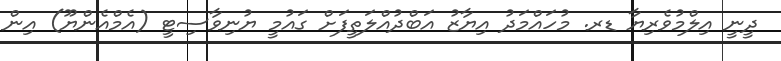
ދީނީ އިލްމުވެރިޔާ ޑރ. މުހައްމަދު އިޔާޒު އަބްދުއްލަތީފަށް ގައުމީ ޔުނިވާސިޓީ (އެމްއެންޔޫ) އިން